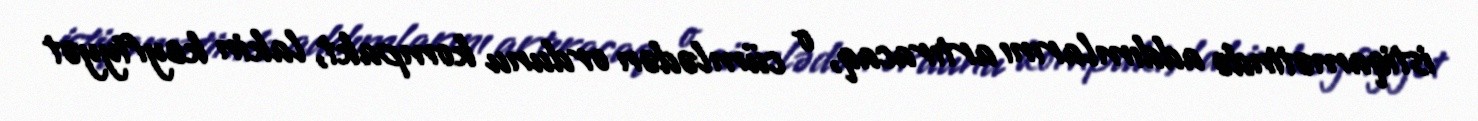
istiqamətində addımlarını artıracaq, o cümlədən ordunu kompakt, lakin keyfiyyət